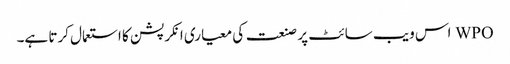
WPO اس ویب سائٹ پر صنعت کی معیاری انکرپشن کا استعمال کرتا ہے۔